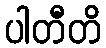
ပါတီတိ